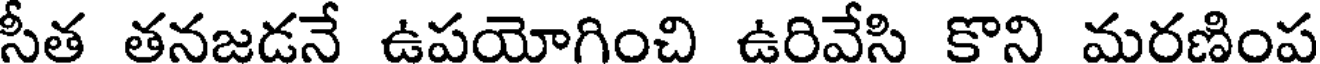
సీత తనజడనే ఉపయోగించి ఉరివేసి కొని మరణింప